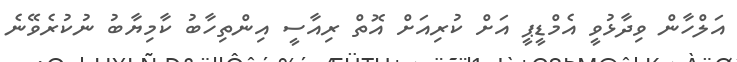
އަލްހާން ވިދާޅުވީ އެމްޑީޕީ އަށް ކުރިއަށް އޮތް ރިއާސީ އިންތިހާބު ކާމިޔާބު ނުކުރެވޭނެ